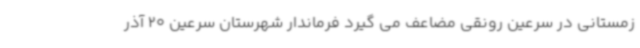
زمستانی در سرعین رونقی مضاعف می گیرد فرماندار شهرستان سرعین 20 آذر